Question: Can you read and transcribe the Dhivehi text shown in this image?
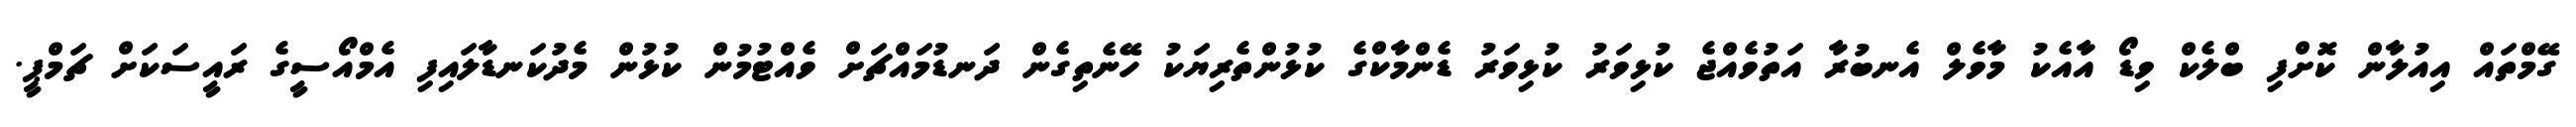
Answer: ގޭމްތައް އިއުލާން ކޮށްފި ބްލެކް ވިޑޯ އާއެކު މާވެލް އެނބުރާ އަތުވެއްޖެ ކުޅިވަރު ކުޅިވަރު ޑެންމާކްގެ ކުޅުންތެރިޔަކު ހޭނެތިގެން ދަނޑުމައްޗަށް ވެއްޓުމުން ކުޅުން މެދުކަނޑާލައިފި އެމްއޯސީގެ ރައީސަކަށް ޗަމްޕީ.